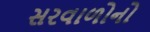
સરવાળોનો